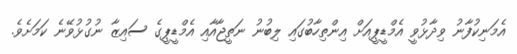
އެމަނިކުފާނު ވިދާޅުވީ އެމްޑީޕީއަށް އިންތިހާބުގައި ލިބުނު ނަތީޖާއާއި އެމްޑީޕީގެ ސައިޒާ ނުގުޅުވޭނެ ކަމަށެވެ.